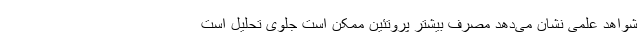
شواهد علمی نشان می‌دهد مصرف بیشتر پروتئین ممکن است جلوی تحلیل است